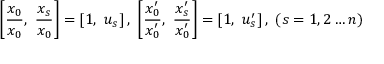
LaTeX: \left[ { \frac { x _ { 0 } } { x _ { 0 } } } , \ { \frac { x _ { s } } { x _ { 0 } } } \right] = \left[ 1 , \ u _ { s } \right] , \ \left[ { \frac { x _ { 0 } ^ { \prime } } { x _ { 0 } ^ { \prime } } } , \ { \frac { x _ { s } ^ { \prime } } { x _ { 0 } ^ { \prime } } } \right] = \left[ 1 , \ u _ { s } ^ { \prime } \right] , \ ( s = 1 , 2 \dots n )